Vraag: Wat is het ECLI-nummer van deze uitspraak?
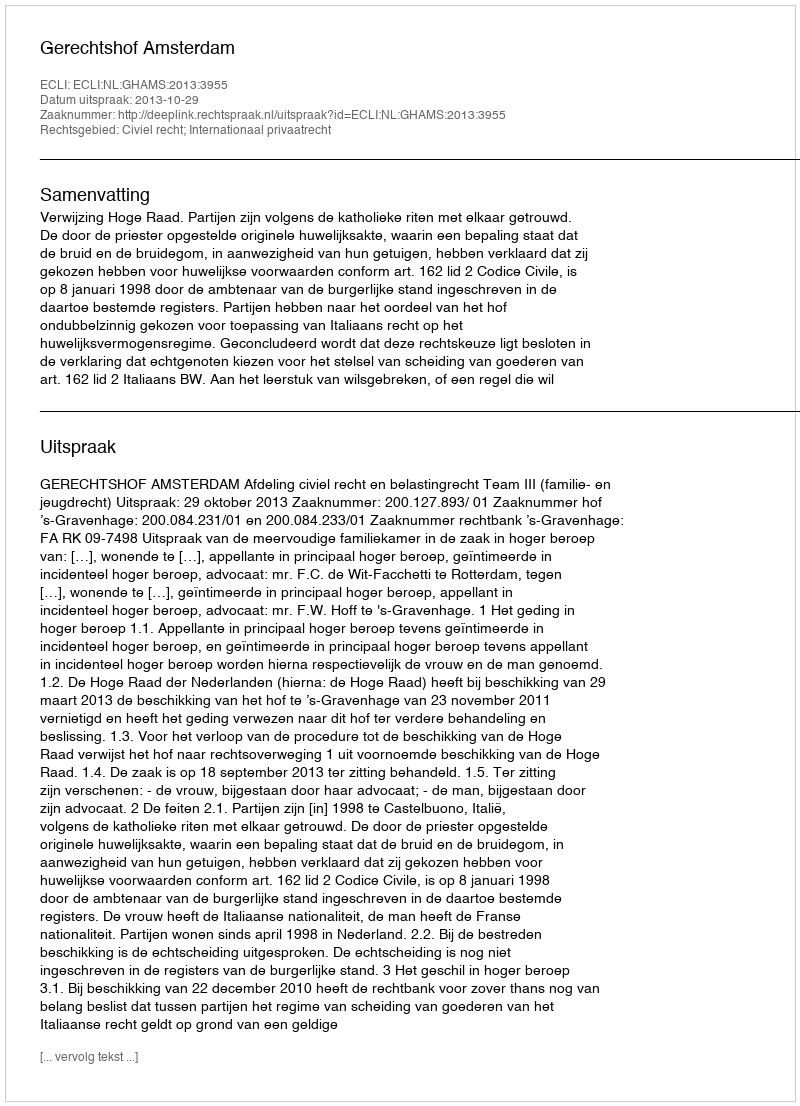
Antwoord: ECLI:NL:GHAMS:2013:3955